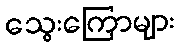
သွေးကြောများ